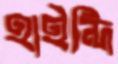
হাইন্দি